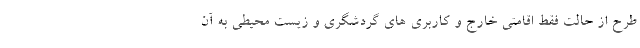
طرح از حالت فقط اقامتی خارج و کاربری های گردشگری و زیست محیطی به آن